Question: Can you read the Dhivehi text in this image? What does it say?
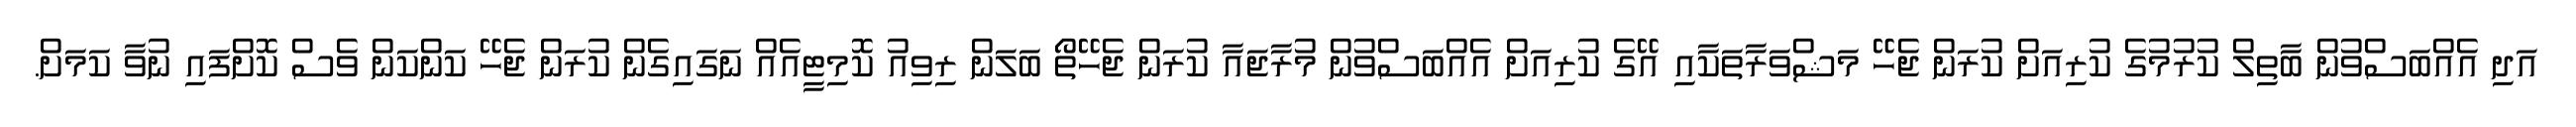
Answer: އަދި އެއްބަސްވުން ބާތިލް ކުރުމުގެ ކުރިއަށް ކުރަން ޖެހޭ މަޝްވަރާތަކާއި އޭގެ ކުރިއަށް އެއްބަސްވުން މުރާޖައާ ކުރަން ޖެހޭތޯ ބަލަން ރިވިއު ކޮމިޓީއެއް ނަގައިގެން ކުރަން ޖެހޭ ކަންކަން ވެސް ކޮށްފައި ނުވާ ކަމަށް.